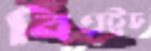
বিএইচ